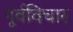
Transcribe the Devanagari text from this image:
पूर्वविचार